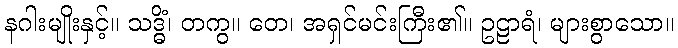
နဂါးမျိုးနှင့်။ သဒ္ဓိံ၊ တကွ။ တေ၊ အရှင်မင်းကြီး၏။ ဥဠာရံ၊ များစွာသော။